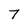
Character: 7